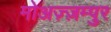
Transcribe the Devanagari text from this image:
मोअज़्ज़म्पुर